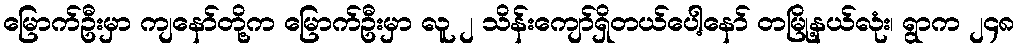
မြောက်ဦးမှာ ကျနော်တို့က မြောက်ဦးမှာ လူ ၂ သိန်းကျော်ရှိတယ်ပေါ့နော် တမြို့နယ်လုံး၊ ရွာက ၂၄၈